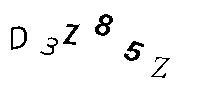
D3Z85Z